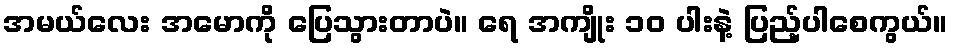
အမယ်လေး အမောကို ပြေသွားတာပဲ။ ရေ အကျိုး ၁၀ ပါးနဲ့ ပြည့်ပါစေကွယ်။